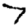
Digit: 7